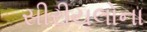
સીરીયલોના